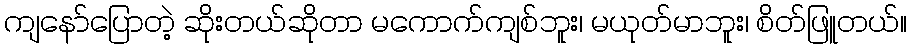
ကျနော်ပြောတဲ့ ဆိုးတယ်ဆိုတာ မကောက်ကျစ်ဘူး၊ မယုတ်မာဘူး၊ စိတ်ဖြူတယ်။